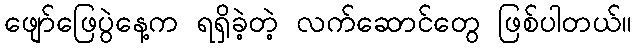
ဖျော်ဖြေပွဲနေ့က ရရှိခဲ့တဲ့ လက်ဆောင်တွေ ဖြစ်ပါတယ်။